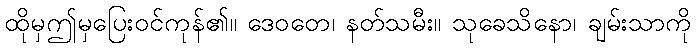
ထိုမှဤမှပြေးဝင်ကုန်၏။ ဒေဝတေ၊ နတ်သမီး။ သုခေသိနော၊ ချမ်းသာကို